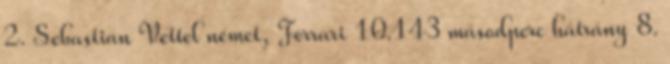
2. Sebastian Vettel német, Ferrari 10.143 másodperc hátrány 8.